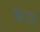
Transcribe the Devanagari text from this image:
कॅटल